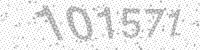
Solution: 101571